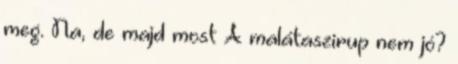
meg. Na, de majd most A malátaszirup nem jó?